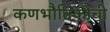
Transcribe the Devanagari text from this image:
कणभौतिकीची